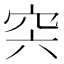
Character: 𥥀